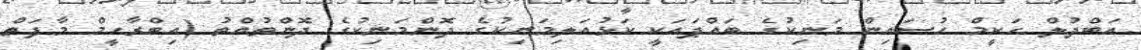
އަބްދުލް ޙަކީމް ހުސައިން މަނިކުގެ ބައްޕައަކީ ކަޅުއަލިމަނިކުގެ ދޮންމަނިކުގެ ދޮންތުއްތު (އިބްރާހީމް މާފަތް